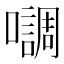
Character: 𭌄